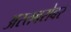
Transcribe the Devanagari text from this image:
अस्तबरोबर